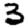
Digit: 3